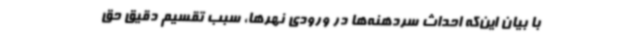
با بیان این‌که احداث سردهنه‌ها در ورودی نهرها، سبب تقسیم دقیق حق